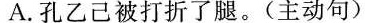
A.孔乙己被打折了腿。(主动句)